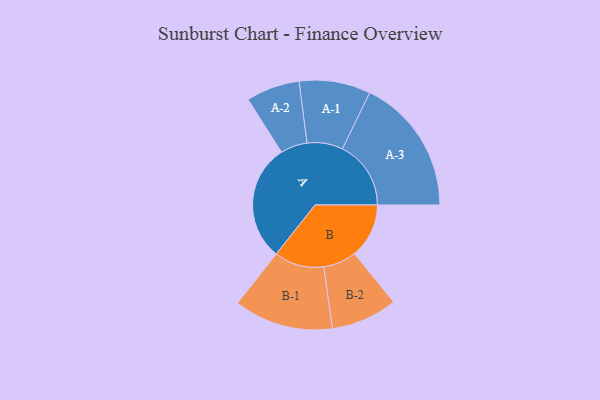
{"axis": {"x": "Segment", "y": "Value"}, "legend": ["", "A", "B"], "data": [{"x": "A", "y": 459, "type": ""}, {"x": "B", "y": 214, "type": ""}, {"x": "A-1", "y": 140, "type": "A"}, {"x": "A-2", "y": 105, "type": "A"}, {"x": "A-3", "y": 269, "type": "A"}, {"x": "B-1", "y": 195, "type": "B"}, {"x": "B-2", "y": 130, "type": "B"}]}